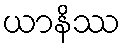
ယာနိဿ